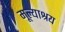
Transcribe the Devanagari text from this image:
मूल्याश्रय